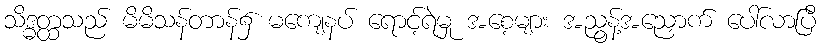
သိဒ္ဓတ္ထသည် မိမိသန်တာန်၌ မကျေနပ် ရောင့်ရဲမှု အစေ့များ အညွန့်အညှောက် ပေါ်လာပြီ